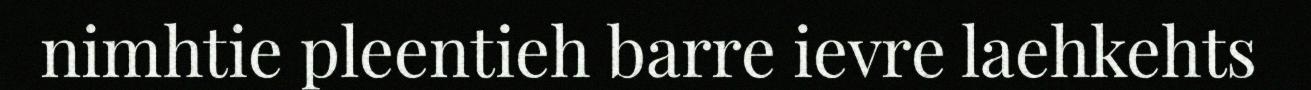
nimhtie pleentieh barre ievre laehkehts